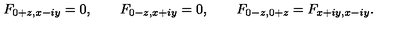
F _ { 0 + z , x - i y } = 0 , \qquad F _ { 0 - z , x + i y } = 0 , \qquad F _ { 0 - z , 0 + z } = F _ { x + i y , x - i y } .